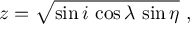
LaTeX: z = \sqrt { \sin i \, \cos \lambda \, \sin \eta } \ ,